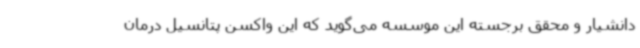
دانشیار و محقق برجسته این موسسه می‌گوید که این واکسن پتانسیل درمان